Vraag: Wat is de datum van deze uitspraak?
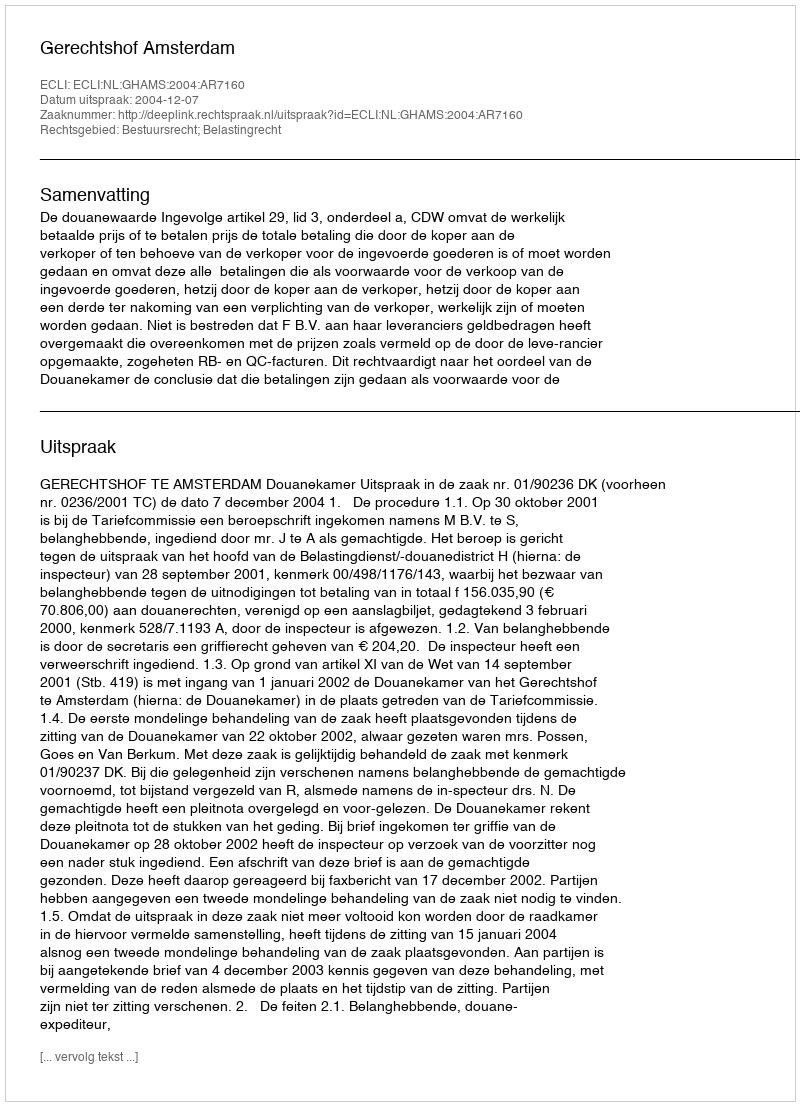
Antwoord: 2004-12-07